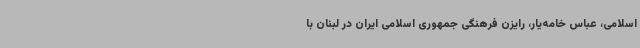
اسلامی، عباس خامه‌یار، رایزن فرهنگی جمهوری اسلامی ایران در لبنان با